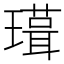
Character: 𭺃